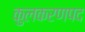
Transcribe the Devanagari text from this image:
कुलकरणपद